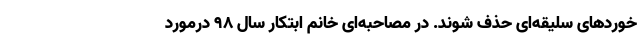
خوردهای سلیقه‌ای حذف شوند. در مصاحبه‌ای خانم ابتکار سال ۹۸ درمورد